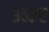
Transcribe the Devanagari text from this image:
उत्कर